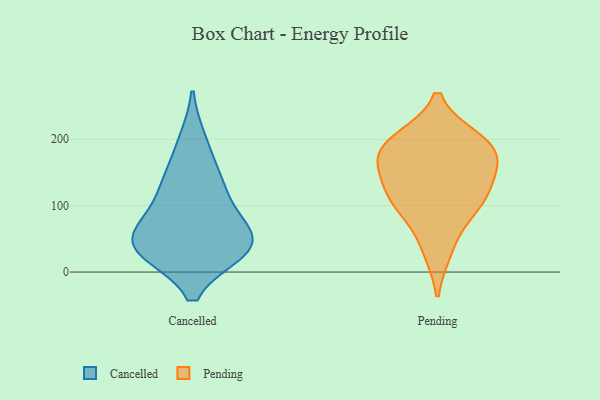
{"axis": {"x": "Backlog", "y": "Value"}, "legend": ["Cancelled", "Pending"], "data": [{"x": "", "y": 67, "type": "Cancelled"}, {"x": "", "y": 141, "type": "Cancelled"}, {"x": "", "y": 129, "type": "Cancelled"}, {"x": "", "y": 33, "type": "Cancelled"}, {"x": "", "y": 96, "type": "Cancelled"}, {"x": "", "y": 38, "type": "Cancelled"}, {"x": "", "y": 196, "type": "Cancelled"}, {"x": "", "y": 34, "type": "Cancelled"}, {"x": "", "y": 49, "type": "Cancelled"}, {"x": "", "y": 37, "type": "Cancelled"}, {"x": "", "y": 199, "type": "Pending"}, {"x": "", "y": 90, "type": "Pending"}, {"x": "", "y": 110, "type": "Pending"}, {"x": "", "y": 172, "type": "Pending"}, {"x": "", "y": 34, "type": "Pending"}, {"x": "", "y": 197, "type": "Pending"}, {"x": "", "y": 181, "type": "Pending"}, {"x": "", "y": 114, "type": "Pending"}, {"x": "", "y": 133, "type": "Pending"}, {"x": "", "y": 166, "type": "Pending"}]}